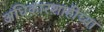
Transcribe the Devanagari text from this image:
अधिकारशाहीच्या